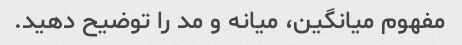
مفهوم میانگین، میانه و مد را توضیح دهید.